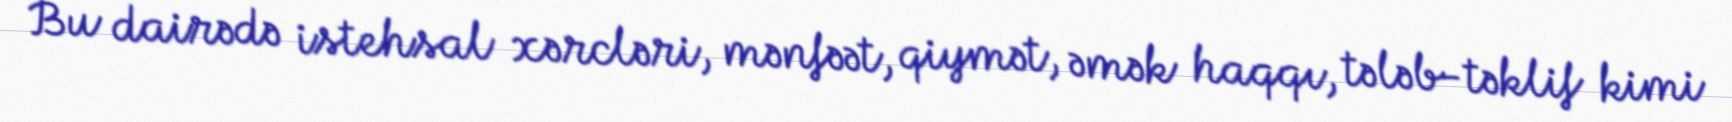
Bu dairədə istehsal xərcləri, mənfəət, qiymət, əmək haqqı, tələb-təklif kimi